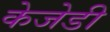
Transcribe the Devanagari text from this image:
केजेडी